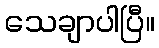
သေချာပါပြီ။